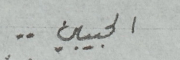
الحبيبين . .